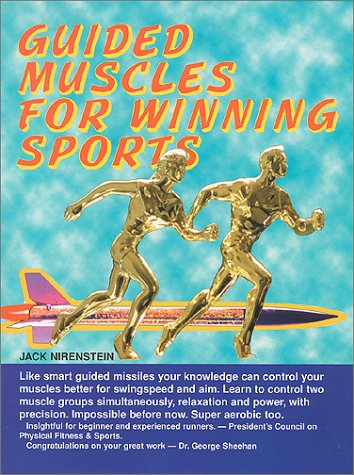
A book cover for Guided Muscles For Winning Sports; Jack Nirenstein; Sports & Outdoors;